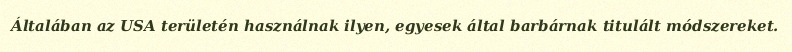
Általában az USA területén használnak ilyen, egyesek által barbárnak titulált módszereket.